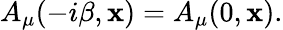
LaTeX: A_{\mu}(-i\beta,{\mathbf x})=A_{\mu}(0,{\mathbf x}).